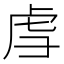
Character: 𫊞